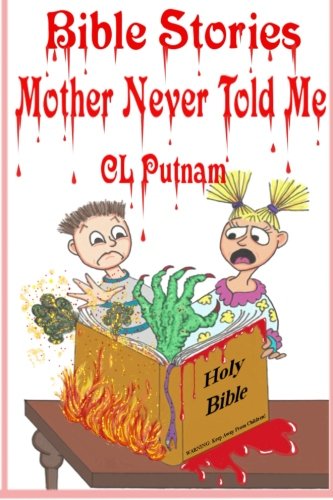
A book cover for Bible Stories Mother Never Told Me; C L Putnam; Humor & Entertainment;